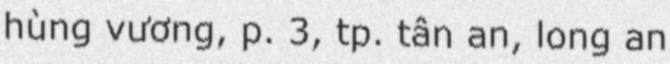
hùng vương, p. 3, tp. tân an, long an